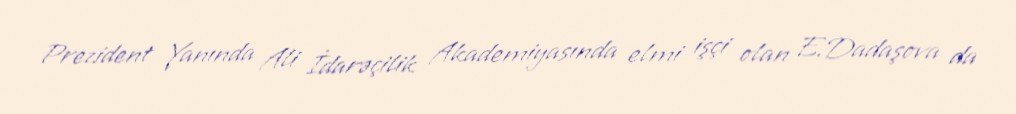
Prezident Yanında Ali İdarəçilik Akademiyasında elmi işçi olan E.Dadaşova da